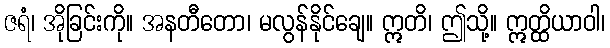
ဇရံ၊ အိုခြင်းကို။ အနတီတော၊ မလွန်နိုင်ချေ။ ဣတိ၊ ဤသို့။ ဣတ္ထိယာဝါ၊